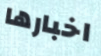
اخبارها